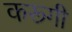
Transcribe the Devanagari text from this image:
करूगी